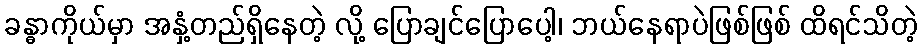
ခန္ဓာကိုယ်မှာ အနှံ့တည်ရှိနေတဲ့ လို့ ပြောချင်ပြောပေါ့၊ ဘယ်နေရာပဲဖြစ်ဖြစ် ထိရင်သိတဲ့